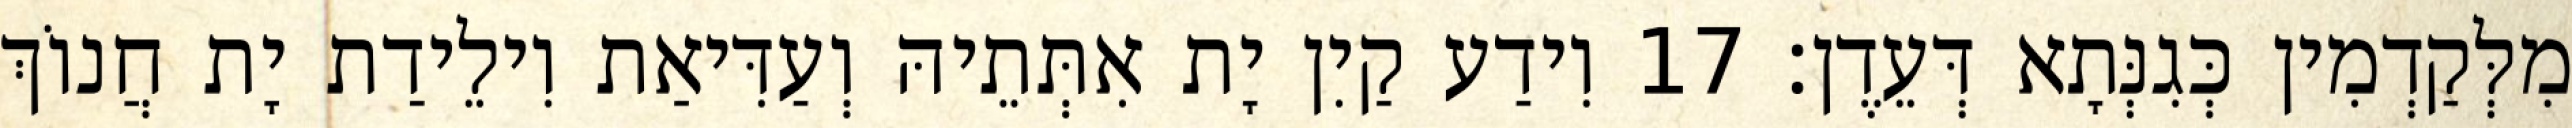
מִלְּקַדְמִין כְּגִנְּתָא דְּעֵדֶן׃ 17 וִידַע קַיִן יָת אִתְּתֵיהּ וְעַדִּיאַת וִילֵידַת יָת חֲנוֹךְ